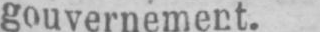
gouvernement.